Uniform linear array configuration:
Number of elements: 12
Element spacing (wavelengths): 0.75
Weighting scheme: kaiser
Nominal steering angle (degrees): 45
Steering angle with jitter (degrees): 45.229
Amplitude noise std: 0.05
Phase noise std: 0.05

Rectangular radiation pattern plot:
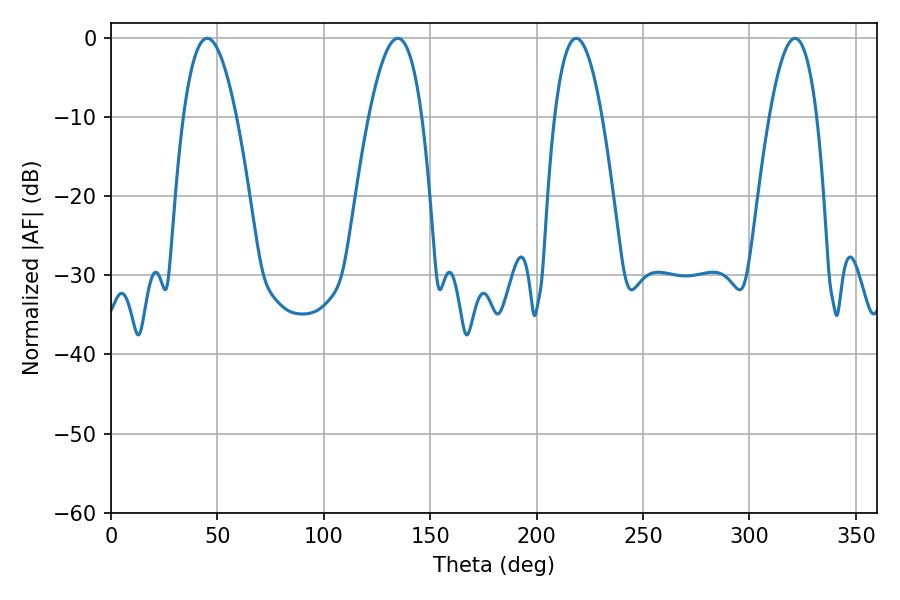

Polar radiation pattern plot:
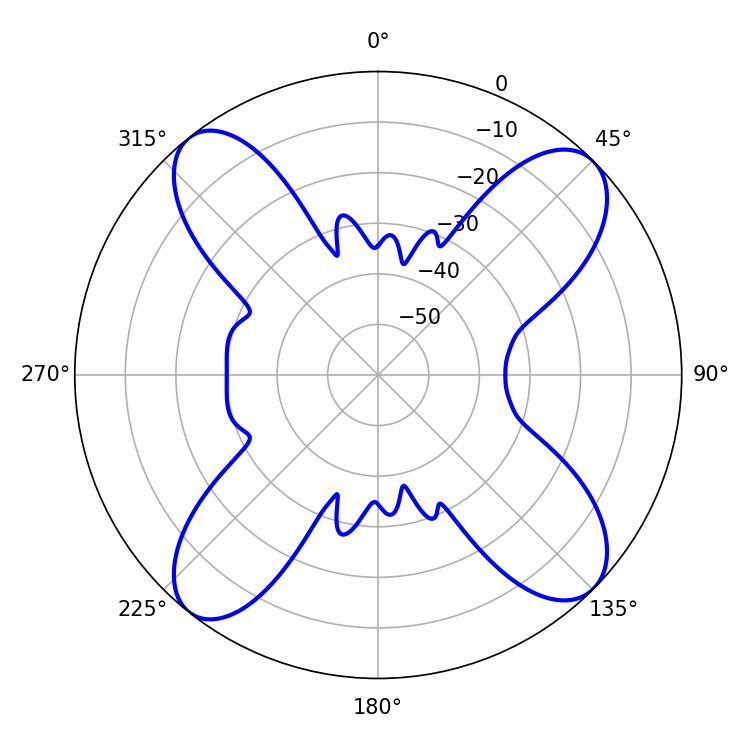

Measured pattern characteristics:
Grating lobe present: TRUE
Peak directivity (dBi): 14.12
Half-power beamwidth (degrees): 13.68
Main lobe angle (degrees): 45.18